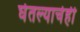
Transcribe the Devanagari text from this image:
घेतल्याचेही